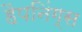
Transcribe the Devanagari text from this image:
हैपनिंग्स